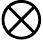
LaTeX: \bigotimes